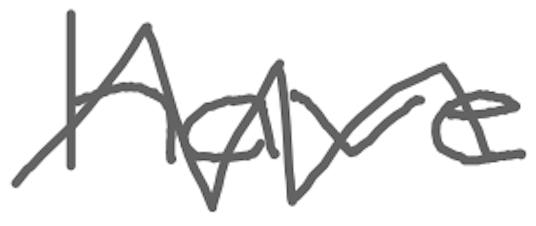
Text: have
Cross-out: zig-zag
Writing tool: digital_gray